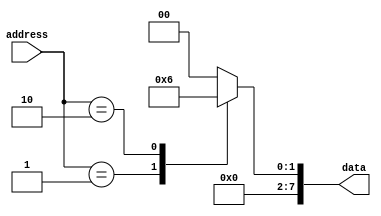
module fuse_ROM (
    input [7:0] address,
    output reg [7:0] data
);

always @(*)
    case (address)
        8'h00: data = 8'b00000000; // address 0
        8'h01: data = 8'b00000001; // address 1
        8'h02: data = 8'b00000010; // address 2
        // Add more data values as needed
        default: data = 8'b00000000; // default value
    endcase

endmodule